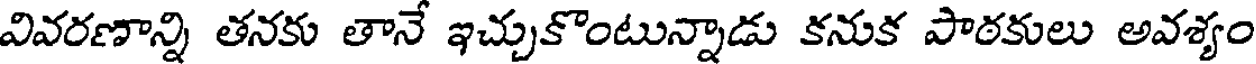
వివరణాన్ని తనకు తానే ఇచ్చుకొంటున్నాడు కనుక పాఠకులు అవశ్యం